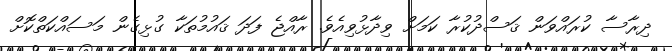
ދިރާސާ ކުރައްވަން ޤަސްދުކުރާ ކަމަށް ވިދާޅުވިއެވެ. ރާއްޖެ ފަދަ ޤައުމުތަކާ ގުޅިގެން މަސައްކަތްކޮށް